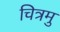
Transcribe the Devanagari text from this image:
चित्रमु